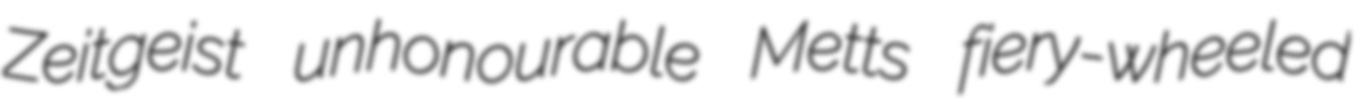
Zeitgeist unhonourable Metts fiery-wheeled